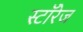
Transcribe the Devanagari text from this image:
स्टॉरेज